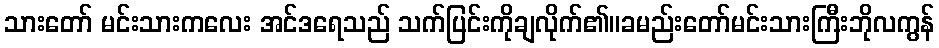
သားတော် မင်းသားကလေး အင်ဒရေသည် သက်ပြင်းကိုချလိုက်၏။ခမည်းတော်မင်းသားကြီးဘိုလကွန်